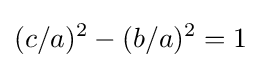
(c/a)^{2}-(b/a)^{2}=1